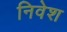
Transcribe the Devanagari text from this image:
निवेश